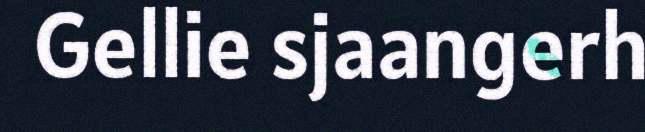
Gellie sjaangerh